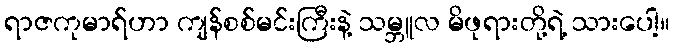
ရာဇကုမာရ်ဟာ ကျန်စစ်မင်းကြီးနဲ့ သမ္ဘူလ မိဖုရားတို့ရဲ့ သားပေါ့။